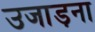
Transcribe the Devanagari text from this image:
उजाड़ना